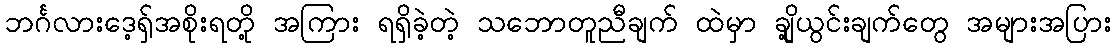
ဘင်္ဂလားဒေ့ရှ်အစိုးရတို့ အကြား ရရှိခဲ့တဲ့ သဘောတူညီချက် ထဲမှာ ချို့ယွင်းချက်တွေ အများအပြား